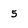
Character: 5